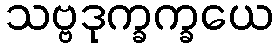
သဗ္ဗဒုက္ခက္ခယေ